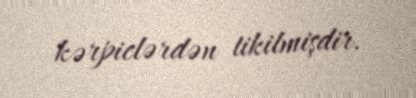
kərpiclərdən tikilmişdir.